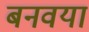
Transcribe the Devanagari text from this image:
बनवया